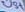
Text: U5+